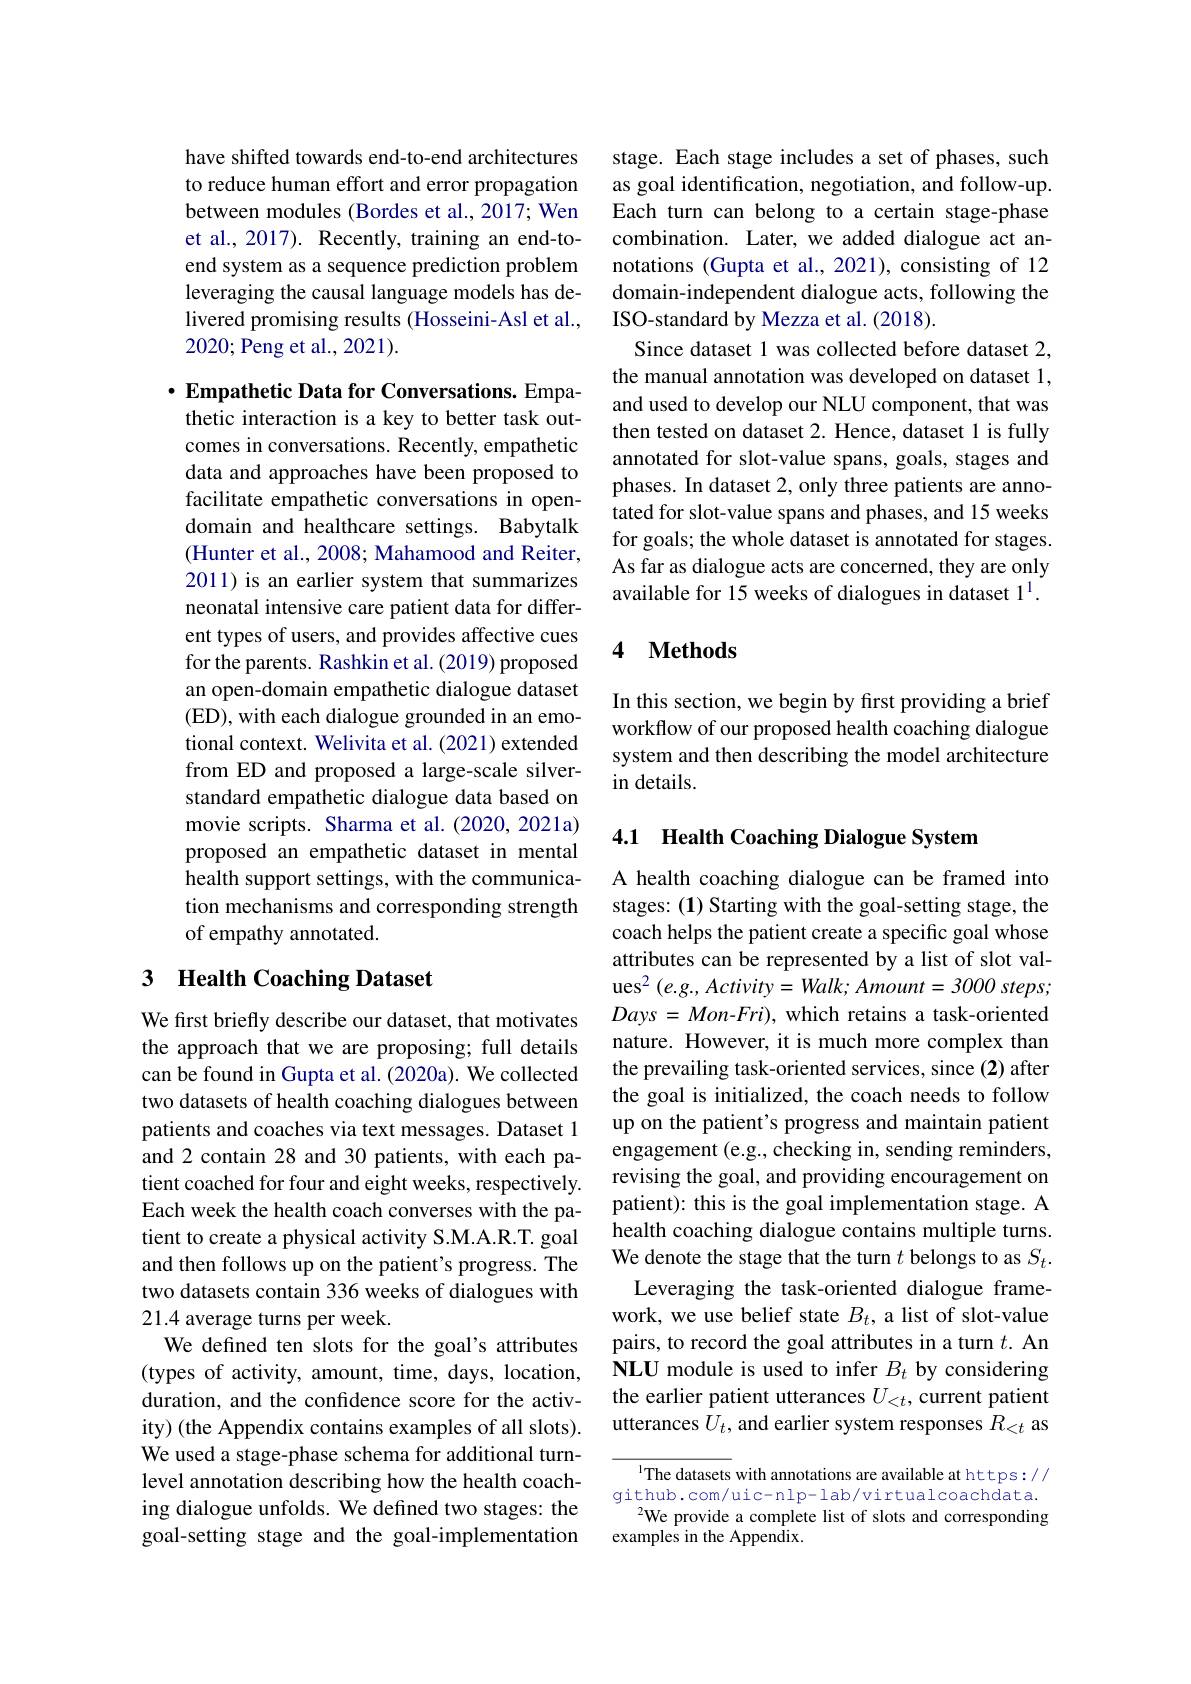
have shifted towards end-to-end architectures to reduce human effort and error propagation between modules (Bordes et al., 2017; Wen et al., 2017). Recently, training an end-toend system as a sequence prediction problem leveraging the causal language models has delivered promising results (Hosseini-Asl et al., 2020;Peng et al., 2021).

$\cdot$ Empathetic Data for Conversations. Empathetic interaction is a key to better task outcomes in conversations. Recently, empathetic data and approaches have been proposed to facilitate empathetic conversations in opendomain and healthcare settings. Babytalk (Hunter et al., 2008; Mahamood and Reiter, 2011) is an earlier system that summarizes neonatal intensive care patient data for different types of users, and provides affective cues for the parents. Rashkin et al. (2019) proposed an open-domain empathetic dialogue dataset (ED), with each dialogue grounded in an emotional context. Welivita et al. (2021) extended from ED and proposed a large-scale silverstandard empathetic dialogue data based on movie scripts. Sharma et al.(2020, 2021a) proposed an empathetic dataset in mental health support settings, with the communication mechanisms and corresponding strength of empathy annotated.

## 3 Health Coaching Dataset

We first briefly describe our dataset, that motivates the approach that we are proposing; full details can be found in Gupta et al. (2020a). We collected two datasets of health coaching dialogues between patients and coaches via text messages. Dataset l and 2 contain 28 and 30 patients, with each patient coached for four and eight weeks, respectively. Each week the health coach converses with the patient to create a physical activity S.M.A.R.T. goal and then follows up on the patient's progress. The two datasets contain 336 weeks of dialogues with 21.4 average turns per week.
We defined ten slots for the goal's attributes (types of activity, amount, time, days, location, duration, and the confidence score for the activity) (the Appendix contains examples of all slots). We used a stage-phase schema for additional turnlevel annotation describing how the health coaching dialogue unfolds. We defined two stages: the goal-setting stage and the goal-implementation

stage. Each stage includes a set of phases, such as goal identification, negotiation, and follow-up. Each turn can belong to a certain stage-phase combination. Later, we added dialogue act annotations (Gupta et al., 2021), consisting of 12 domain-independent dialogue acts, following the ISO-standard by Mezza et al. (2018).
Since dataset 1 was collected before dataset 2, the manual annotation was developed on dataset 1, and used to develop our NLU component, that was then tested on dataset 2. Hence, dataset 1 is fully annotated for slot-value spans, goals, stages and phases. In dataset 2, only three patients are annotated for slot-value spans and phases, and 15 weeks for goals; the whole dataset is annotated for stages. As far as dialogue acts are concerned, they are only available for 15 weeks of dialogues in dataset 1$^{\mathrm{l}}.$

### 4 $\textbf{Methods}$

In this section, we begin by first providing a brief workflow of our proposed health coaching dialogue system and then describing the model architecture in details.

## 4.1 Health Coaching Dialogue System

A health coaching dialogue can be framed into stages: (1) Starting with the goal-setting stage, the coach helps the patient create a specific goal whose attributes can be represented by a list of slot val- $\mathrm{ues}^{2}\left(e.g.,Activity=Walk;Amount=3000\:steps;\right)$ $Days=Mon-Fri)$, which retains a task-oriented nature. However, it is much more complex than the prevailing task-oriented services, since (2) after the goal is initialized, the coach needs to follow up on the patient's progress and maintain patient engagement (e.g., checking in, sending reminders, revising the goal, and providing encouragement on patient): this is the goal implementation stage. A health coaching dialogue contains multiple turns. We denote the stage that the turn $t$ belongs to as $S_t.$
Leveraging the task-oriented dialogue framework, we use belief state $B_t$, a list of slot-value pairs, to record the goal attributes in a turn $t.$ An NLU module is used to infer $B_t$ by considering the earlier patient utterances $U_<t$, current patient utterances $U_t$, and earlier system responses $R_<t$ as

$^{\text{l}}$The datasets with annotations are available at https:// github.com/uic-nlp-lab/virtualcoachdata.
$^{2}$We provide a complete list of slots and corresponding
examples in the Appendix.